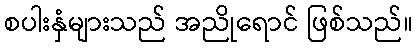
စပါးနှံများသည် အညိုရောင် ဖြစ်သည်။